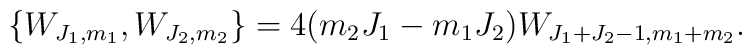
\{W_{J_{1},m_{1}},W_{J_{2},m_{2}}\}=4(m_{2}J_{1}-m_{1}J_{2})W_{J_{1}+J_{2}-1,m_{1}+m_{2}} .